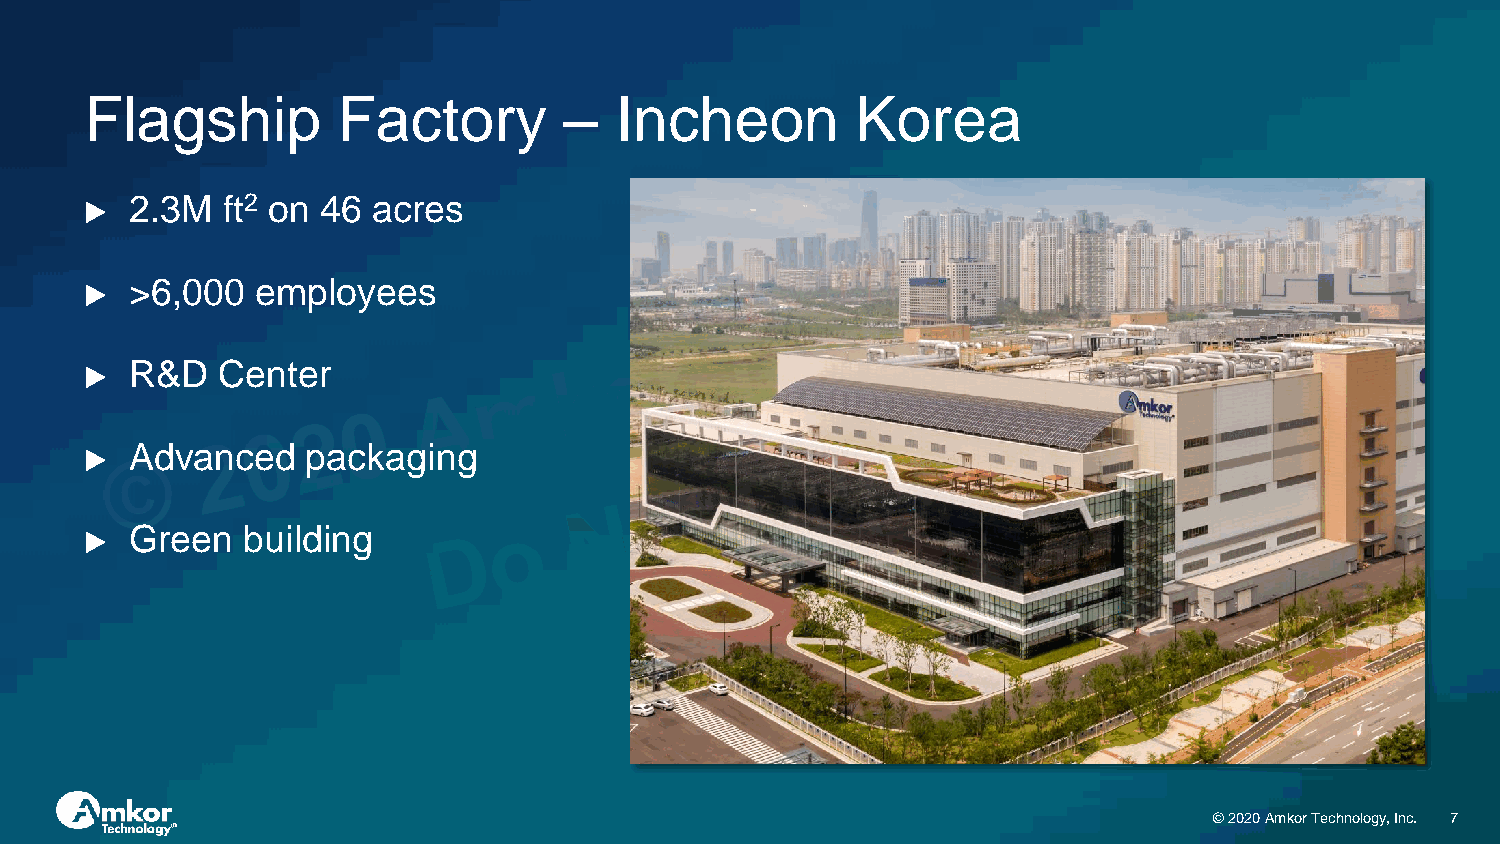
Flagship        Factory        –   Incheon         Korea
 2.3M  ft2 on 46 acres
 ▶
 >6,000  employees
 ▶
 R&D  Center
 ▶
 Advanced   packaging
 ▶
 Green  building
 ▶
 © 2020 Amkor Technology, Inc. 7